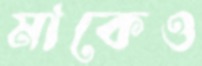
মাকেও